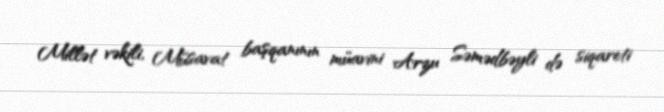
Millət vəkili, Müsavat başqanının müavini Arzu Səmədbəyli də siqareti